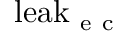
\mathrm { l e a k } _ { \mathrm { ~ e ~ c ~ } }